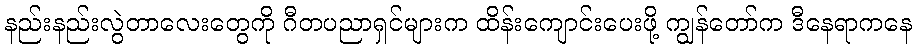
နည်းနည်းလွဲတာလေးတွေကို ဂီတပညာရှင်များက ထိန်းကျောင်းပေးဖို့ ကျွန်တော်က ဒီနေရာကနေ